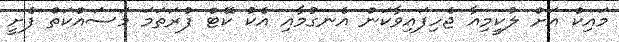
މައިކް އަށް ލުކީމިއާ ޖެހިފައިވާކަން އެނގުމާއި އެކު ކޭޓް ފުރަތަމަ މަސައްކަތް ފެށީ